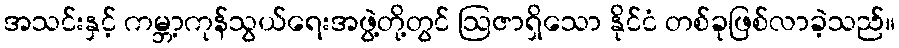
အသင်းနှင့် ကမ္ဘာ့ကုန်သွယ်ရေးအဖွဲ့တို့တွင် ဩဇာရှိသော နိုင်ငံ တစ်ခုဖြစ်လာခဲ့သည်။